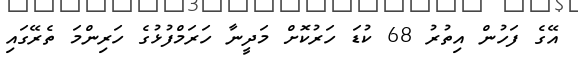
އޭގެ ފަހުން އިތުރު 68 ކުޑަ ހަރުކޮށް މަދީނާ ހަރަމްފުޅުގެ ހަރިންމަ ތެރޭގައި